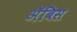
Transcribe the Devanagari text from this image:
ॲबिस